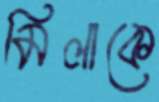
মিলাকে